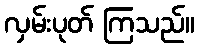
လှမ်းပုတ် ကြသည်။